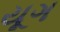
યૂગ